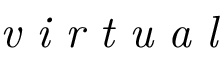
\mathrm { ~ \it ~ { ~ v ~ i ~ r ~ t ~ u ~ a ~ l ~ } ~ }